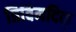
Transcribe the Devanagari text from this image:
त्रिविमदिक्